Indian journal of veterinary science and animal husbandry - Volume 1,
Year: 1931
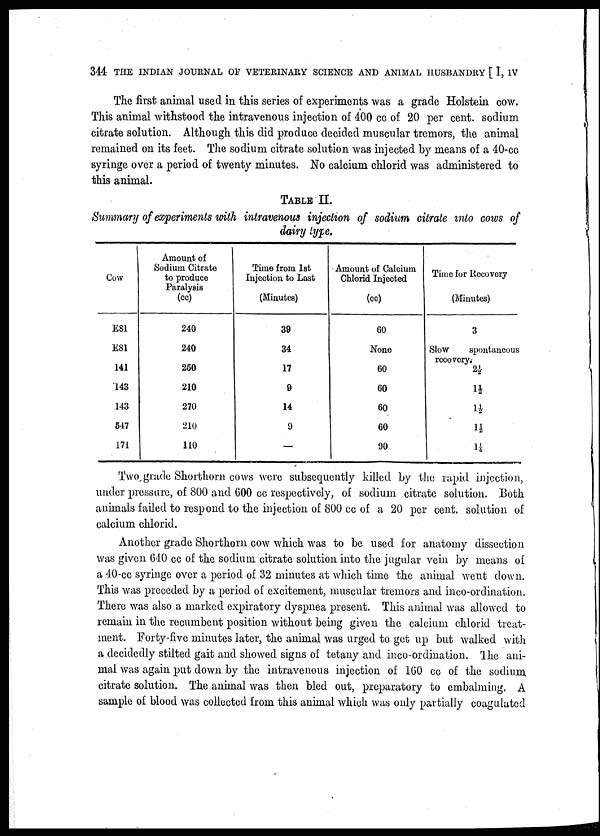
344 THE INDIAN JOURNAL OF VETERINARY SCIENCE AND ANIMAL HUSBANDRY [ I, IV
The first animal used in this series of experiments was a grade Holstein cow.
This animal withstood the intravenous injection of 400 cc of 20 per cent. sodium
citrate solution. Although this did produce decided muscular tremors, the animal
remained on its feet. The sodium citrate solution was injected by means of a 40-cc
syringe over a period of twenty minutes. No calcium chlorid was administered to
this animal.
TABLE II.
Summary of experiments with intravenous injection of sodium citrate into cows of
dairy lype.
Cow
E 81
E 81
141
143
143
547
171
Amount of
Sodium Citrate
to produce
Paralysis
(cc)
240
240
250
210
270
210
110
Time from 1st
Injection to Last
(Minutes)
39
34
17
9
14
9
—
Amount of Calcium
Chlorid Injected
(cc)
60
None
60
60
60
60
90
Time for Recovery
(Minutes)
3
Slow spontaneous
recovery.
2½
1½
1½
1½
1¼
Two grade Shorthorn cows were subsequently killed by the rapid injection,
under pressure, of 800 and 600 cc respectively, of sodium citrate solution. Both
animals failed to respond to the injection of 800 cc of a 20 per cent. solution of
calcium chlorid.
Another grade Shorthorn cow which was to be used for anatomy dissection
was given 640 cc of the sodium citrate solution into the jugular vein by means of
a 40-cc syringe over a period of 32 minutes at which time the animal went down.
This was preceded by a period of excitement, muscular tremors and inco-ordination.
There was also a marked expiratory dyspnea present. This animal was allowed to
remain in the recumbent position without being given the calcium chlorid treat-
ment. Forty-five minutes later, the animal was urged to get up but walked with
a decidedly stilted gait and showed signs of tetany and inco-ordination. The ani-
mal was again put down by the intravenous injection of 160 cc of the sodium,
citrate solution. The animal was then bled out, preparatory to embalming. A
sample of blood was collected from this animal which was only partially coagulated